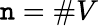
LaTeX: \mathtt{n}=\# V